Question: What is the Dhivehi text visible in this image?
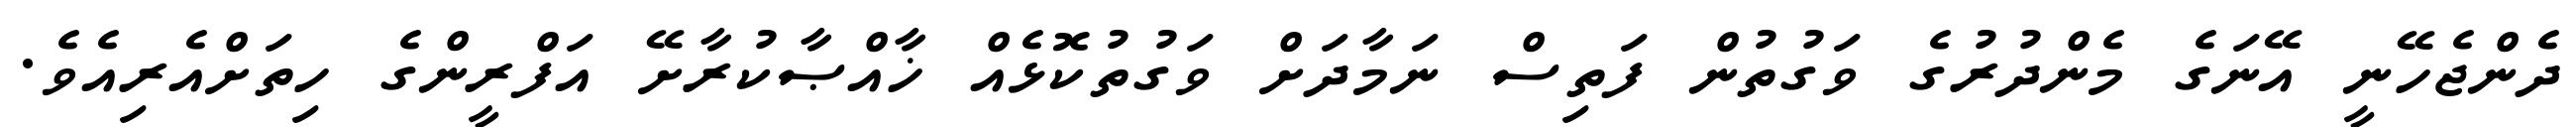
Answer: ދެންޖެހޭނީ އޭނަގެ މެންދުރުގެ ވަގުތުން ފަތިސް ނަމާދަށް ވަގުތުކޮޅެއް ޚާއްޞާކުރާށޭ އަފްރީންގެ ހިތަށްއެރިއެވެ.